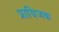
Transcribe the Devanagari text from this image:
प्रायिजक